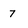
Character: 7